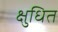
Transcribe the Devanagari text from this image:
क्षुधित